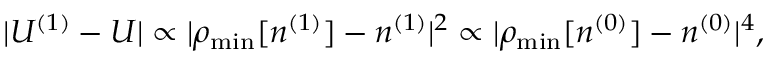
\vert { \cal U } ^ { ( 1 ) } - U \vert \propto \vert \rho _ { \mathrm { m i n } } [ n ^ { ( 1 ) } ] - n ^ { ( 1 ) } \vert ^ { 2 } \propto \vert \rho _ { \mathrm { m i n } } [ n ^ { ( 0 ) } ] - n ^ { ( 0 ) } \vert ^ { 4 } ,